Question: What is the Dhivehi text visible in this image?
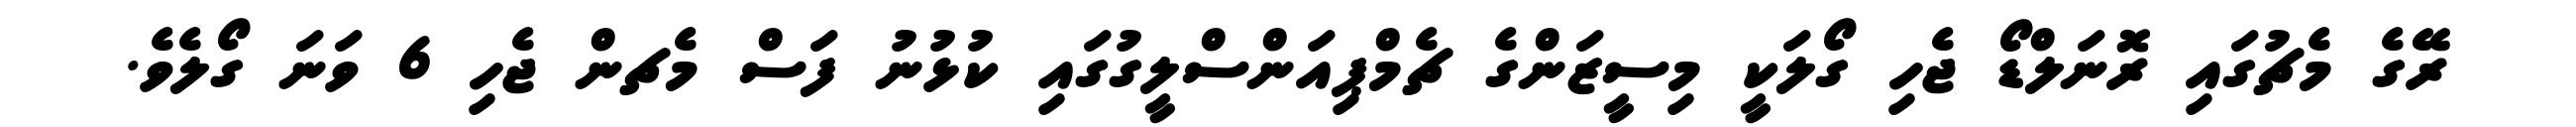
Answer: ރޭގެ މެޗުގައި ރޮނަލްޑޯ ޖެހި ގޯލަކީ މިސީޒަންގެ ޗެމްޕިއަންސްލީގުގައި ކުޅުނު ފަސް މެޗން ޖެހި 6 ވަނަ ގޯލެވެ.